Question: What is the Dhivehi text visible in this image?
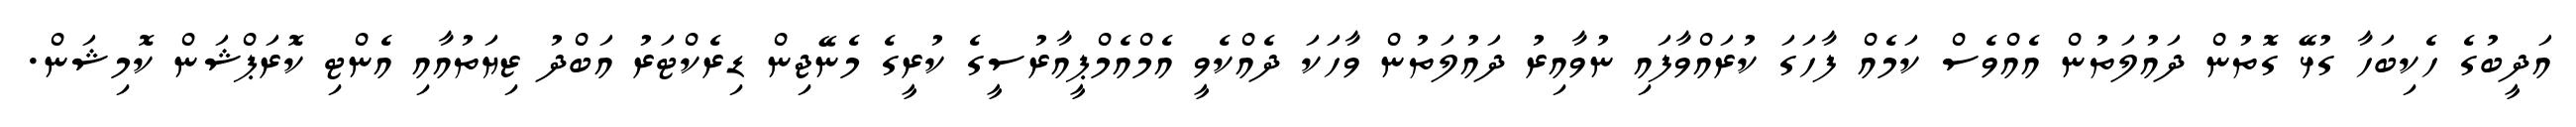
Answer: އަދީބުގެ ހެކިބަހާ ގުޅޭ ގޮތުން ދައުލަތުން އެއްވެސް ކަމެއް ފާހަގަ ކުރައްވާފައި ނުވާއިރު ދައުލަތުން ވާހަކަ ދެއްކެވީ އެމްއެމްޕީއާރުސީގެ ކުރީގެ މެނޭޖިން ޑިރެކްޓަރު އަބްދު ޒިޔަތުއާއި އެންޓި ކޮރަޕްޝަން ކޮމިޝަން.